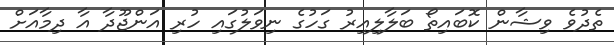
ތެދުވެ ވިޝާން ކޮބައިތޯ ބަލާލިއިރު ގަހުގެ ނިވަލުގައި ހުރި އަންޖޫދާ އާ ދިމާއަށް